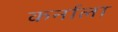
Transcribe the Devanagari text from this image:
कर्नाला